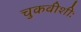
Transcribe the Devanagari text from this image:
चुकवीशीः